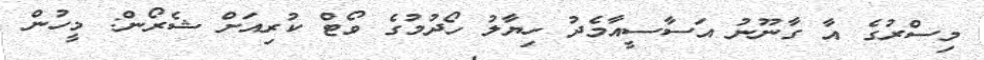
މިސްރުގެ އާ ގާނޫނު އަސާސީއާމެދު ހިޔާލު ހޯދުމުގެ ވޯޓް ކުރިއަށް ޝެރޯން: މީހުން